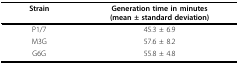
<table><thead><tr><td><b>Strain</b></td><td><b>Generation time in minutes(mean ± standard deviation)</b></td></tr></thead><tbody><tr><td>P1/7</td><td>45.3 ± 6.9</td></tr><tr><td>M3G</td><td>57.6 ± 8.2</td></tr><tr><td>G6G</td><td>55.8 ± 4.8</td></tr></tbody></table>